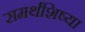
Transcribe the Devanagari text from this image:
समर्थशिष्या